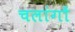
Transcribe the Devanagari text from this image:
चलांगों